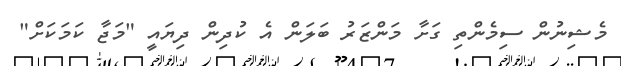
މެޝިނުން ސިމެންތި ގަށާ މަންޒަރު ބަލަން އެ ކުދިން ދިޔައީ "މަޖާ ކަމަކަށް"